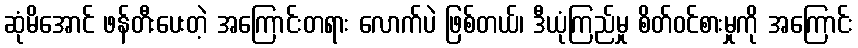
ဆုံမိအောင် ဖန်တီးပေးတဲ့ အကြောင်းတရား လောက်ပဲ ဖြစ်တယ်၊ ဒီယုံကြည်မှု စိတ်ဝင်စားမှုကို အကြောင်း